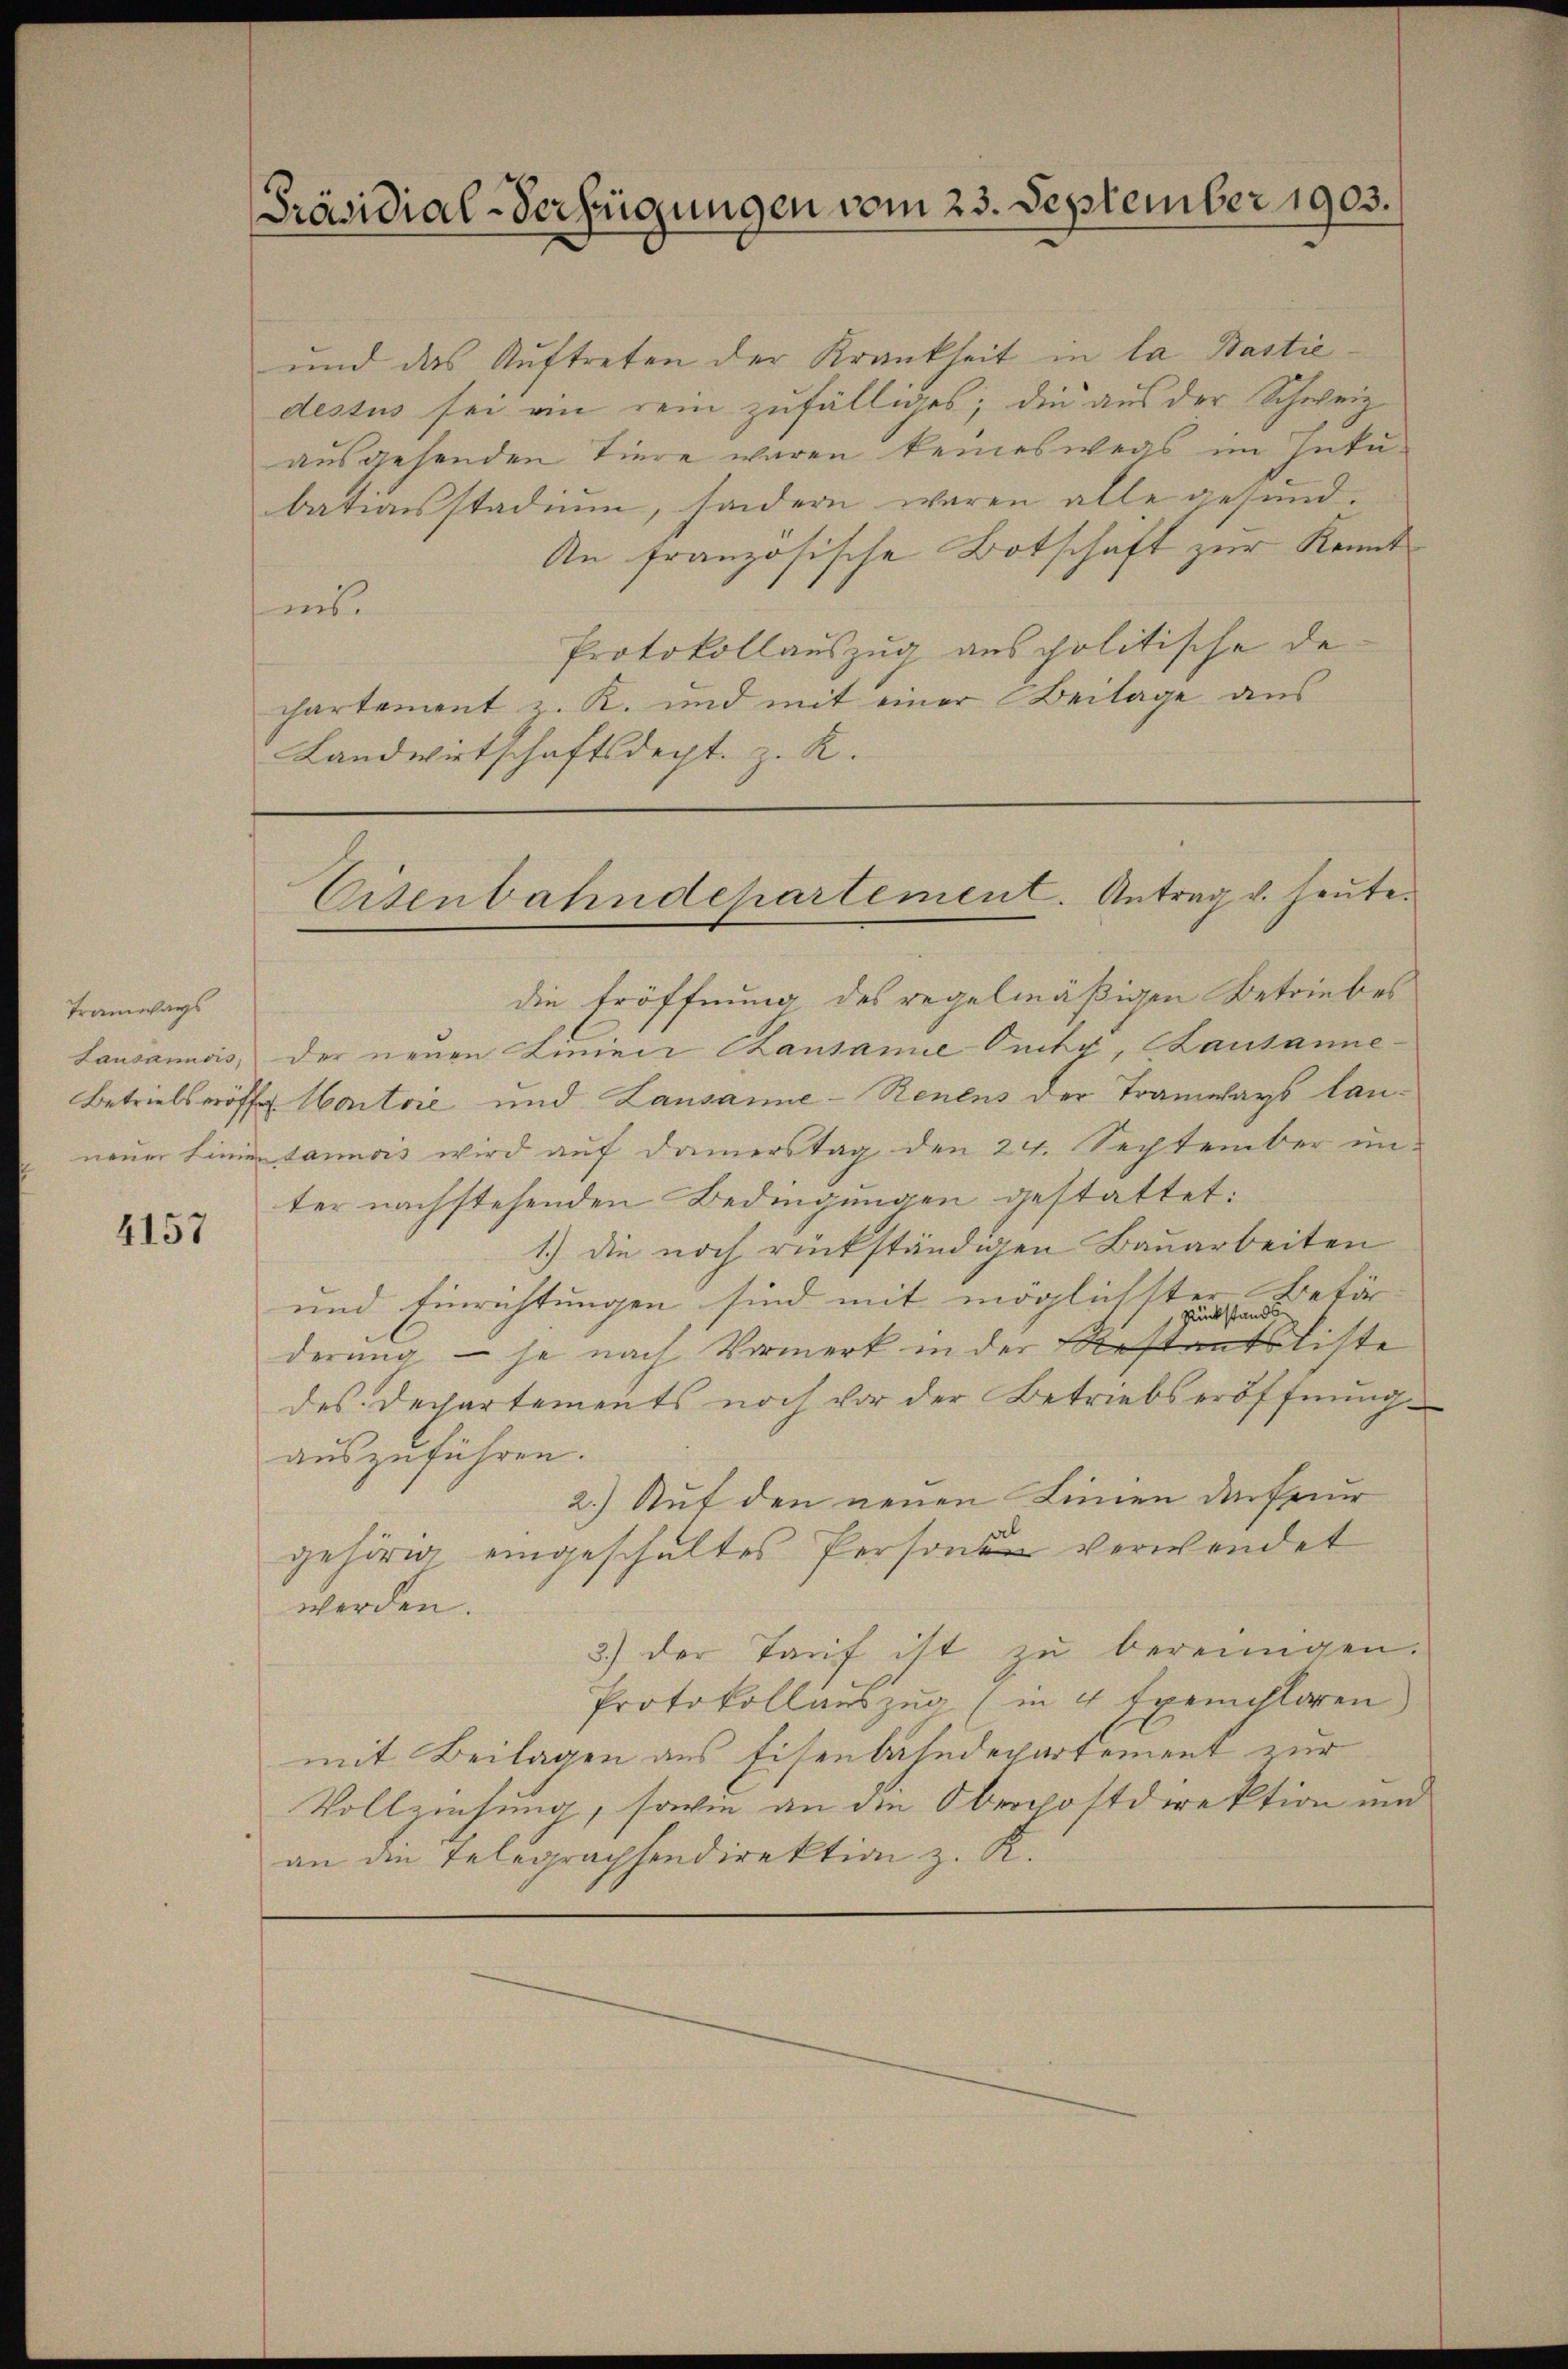
Tramways

4157

Präsidial-Verfügungen vom 23. September 1903.

und das Auftreten der Krankheit in la Bastie
dessus sei an rein zufälliges; die aus der Schweiz
ausgehenden Tiere waren keineswegs im Intubationsstadium, sondern waren alle gesund¬
An französische Botschaft zur Kennt
unt.
Protokollauszug aus politische de
chartement z. K. und mit einer Beilage aus
Landwirtschaftsdept. z. R.

die Eröffnung des regelmäßigen Betriebes
Lausannois, der neuen Linien Cansame Ouchy, Lausanne
Betriebseröffel Haitore und Lausanne-Renens der Tramways launeuer Linie dannois wird auf Damerstag den 24. September un-
ter nachstehenden Bedingungen gestattet:
1.) die noch rückständigen Bauarbeiten
und Einrichtungen sind mit möglichtter Betär-
derung — je nach Vormerk in der Beiste
des Departements noch vor der Betriebseröffnung
auszuführen.
2.) Auf den neuen Linien der Freur
gehörig eingeschaltes Personen verwendet
werden.
3.) der Tarif ist zu bereinigen.
Protokollauszug (in 4 Exemplaren
mit Beilagen aus Eisenbahndepartement zur
Vollziehung, sowie an die Oberpostdirektion und
an die Telegraphendirektion z. K.

Cisenbahndepartement. Antrag v. heute.